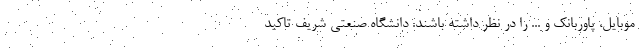
موبایل، پاوربانک و ... را در نظر داشته باشند. دانشگاه صنعتی شریف تاکید